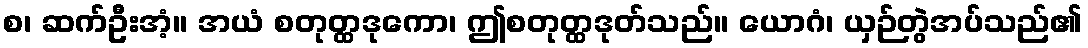
စ၊ ဆက်ဦးအံ့။ အယံ စတုတ္ထဒုကော၊ ဤစတုတ္ထဒုတ်သည်။ ယောဂံ၊ ယှဉ်တွဲအပ်သည်၏